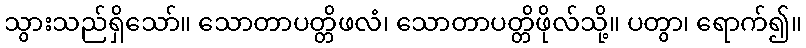
သွားသည်ရှိသော်။ သောတာပတ္တိဖလံ၊ သောတာပတ္တိဖိုလ်သို့။ ပတွာ၊ ရောက်၍။